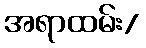
အရာထမ်း/